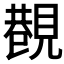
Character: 𧡥